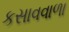
કસાવવાળા